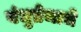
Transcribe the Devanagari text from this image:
बंधुप्रेमाचे